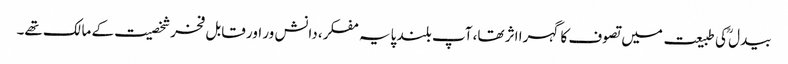
بیدل ؒکی طبیعت میں تصوف کا گہرا اثر تھا، آپ بلند پایہ مفکر، دانش ور اور قابل فخرشخصیت کے مالک تھے۔